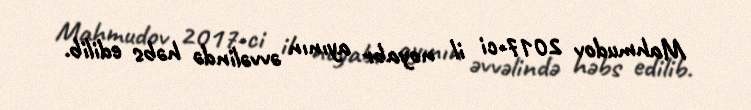
Mahmudov 2017-ci il noyabr ayının əvvəlində həbs edilib.